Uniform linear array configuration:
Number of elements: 12
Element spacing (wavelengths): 0.75
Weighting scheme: binomial
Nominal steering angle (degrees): -15
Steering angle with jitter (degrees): -13.687
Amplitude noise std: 0.05
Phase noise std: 0.05

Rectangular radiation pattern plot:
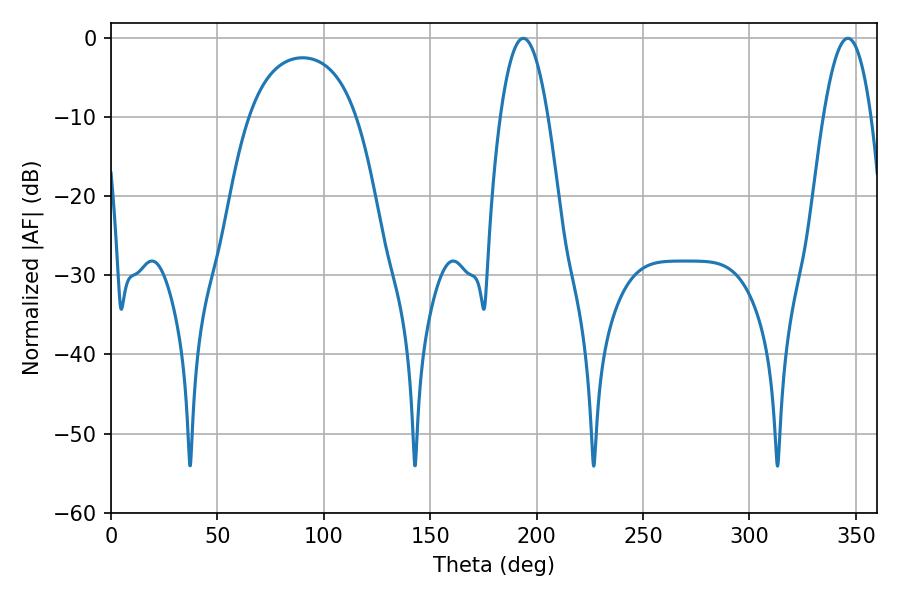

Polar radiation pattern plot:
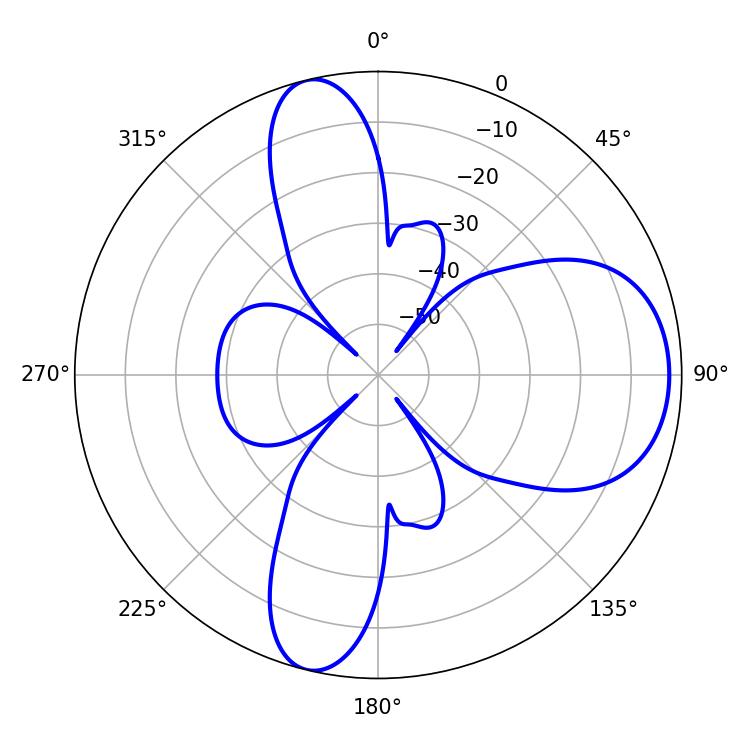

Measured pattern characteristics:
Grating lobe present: TRUE
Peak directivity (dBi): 9.405
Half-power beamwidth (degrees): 12.24
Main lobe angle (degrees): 193.68